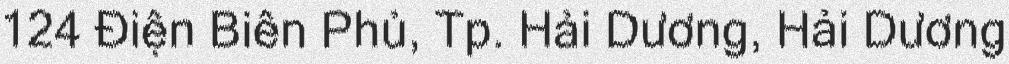
124 Điện Biên Phủ, Tp. Hải Dương, Hải Dương